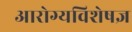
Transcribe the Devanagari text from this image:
आरोग्यविशेषज्ञ